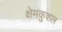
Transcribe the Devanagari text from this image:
क्षेमकुशल